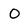
Character: O